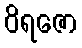
ဝိရဇော